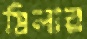
মিলার